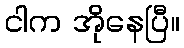
ငါက အိုနေပြီ။